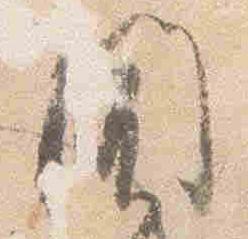
聞